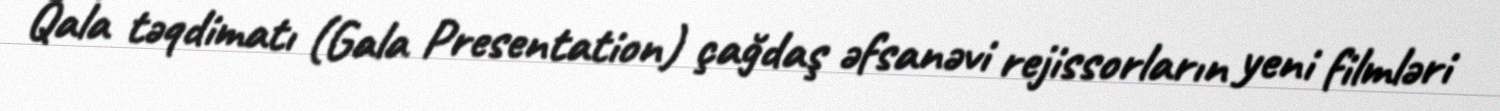
Qala təqdimatı (Gala Presentation) çağdaş əfsanəvi rejissorların yeni filmləri